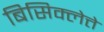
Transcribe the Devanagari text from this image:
बिसिक्लेत्ते